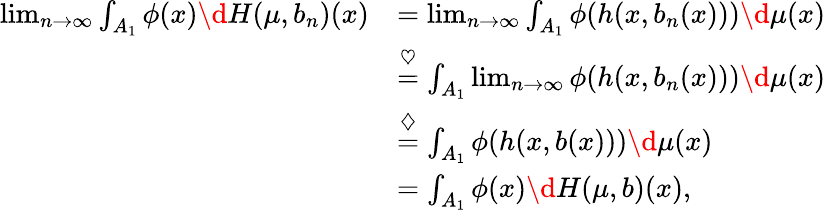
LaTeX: \begin{array}{rl}{\operatorname*{lim}_{n\to\infty}\int_{A_{1}}\phi(x)\d H(\mu,b_{n})(x)}&{=\operatorname*{lim}_{n\to\infty}\int_{A_{1}}\phi(h(x,b_{n}(x)))\d\mu(x)}\\ &{\overset{\heartsuit}{=}\int_{A_{1}}\operatorname*{lim}_{n\to\infty}\phi(h(x,b_{n}(x)))\d\mu(x)}\\ &{\overset{\diamondsuit}{=}\int_{A_{1}}\phi(h(x,b(x)))\d\mu(x)}\\ &{=\int_{A_{1}}\phi(x)\d H(\mu,b)(x),}\end{array}